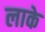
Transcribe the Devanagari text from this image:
लाके